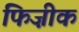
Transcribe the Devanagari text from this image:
फिज़ीक